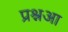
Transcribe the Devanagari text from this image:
प्रश्नआ